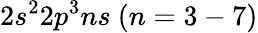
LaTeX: {{2s^{2}2p^{3}ns~(n=3-7)}}